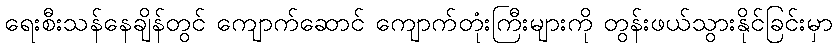
ရေးစီးသန်နေချိန်တွင် ကျောက်ဆောင် ကျောက်တုံးကြီးများကို တွန်းဖယ်သွားနိုင်ခြင်းမှာ